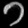
Digit: ၁